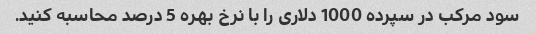
سود مرکب در سپرده 1000 دلاری را با نرخ بهره 5 درصد محاسبه کنید.